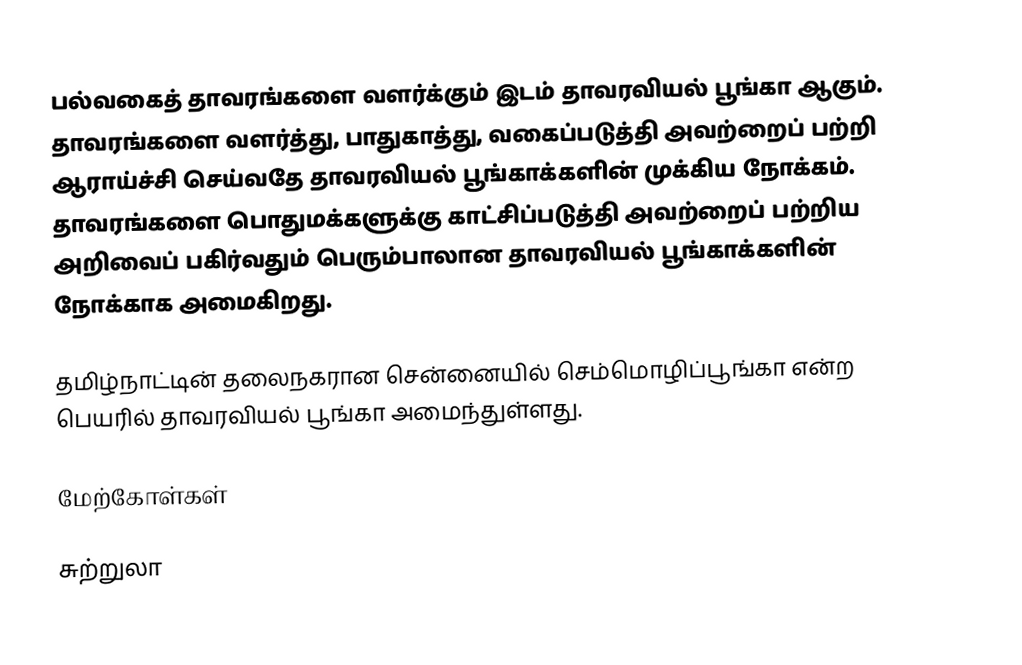
பல்வகைத் தாவரங்களை வளர்க்கும் இடம் தாவரவியல் பூங்கா ஆகும். தாவரங்களை வளர்த்து, பாதுகாத்து, வகைப்படுத்தி அவற்றைப் பற்றி ஆராய்ச்சி செய்வதே தாவரவியல் பூங்காக்களின் முக்கிய நோக்கம். தாவரங்களை பொதுமக்களுக்கு காட்சிப்படுத்தி அவற்றைப் பற்றிய அறிவைப் பகிர்வதும் பெரும்பாலான தாவரவியல் பூங்காக்களின் நோக்காக அமைகிறது.

தமிழ்நாட்டின் தலைநகரான சென்னையில் செம்மொழிப்பூங்கா என்ற பெயரில் தாவரவியல் பூங்கா அமைந்துள்ளது.

மேற்கோள்கள்

சுற்றுலா